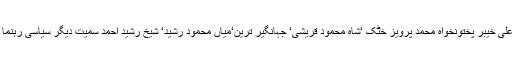
اس موقع پر وزیر اعلیٰ خیبر پختونخواہ محمد پرویز خٹک ‘شاہ محمود قریشی‘ جہانگیر ترین‘میاں محمود رشید‘ شیخ رشید احمد سمیت دیگر سیاسی رہنما ء بھی موجود تھے۔